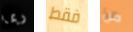
ربما فقط من